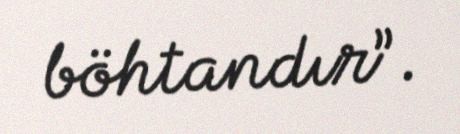
böhtandır”.